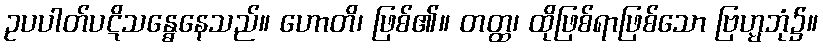
ဥပပါတ်ပဋိသန္ဓေနေသည်။ ဟောတိ၊ ဖြစ်၏။ တတ္ထ၊ ထိုဖြစ်ရာဖြစ်သော ဗြဟ္မဘုံ၌။